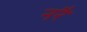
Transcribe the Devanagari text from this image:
नरै